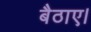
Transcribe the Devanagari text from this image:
बैठाए।